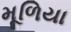
મૂળિયા